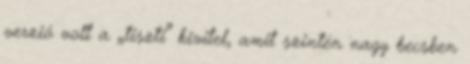
verzió volt a „tiszti” kivitel, amit szintén nagy becsben